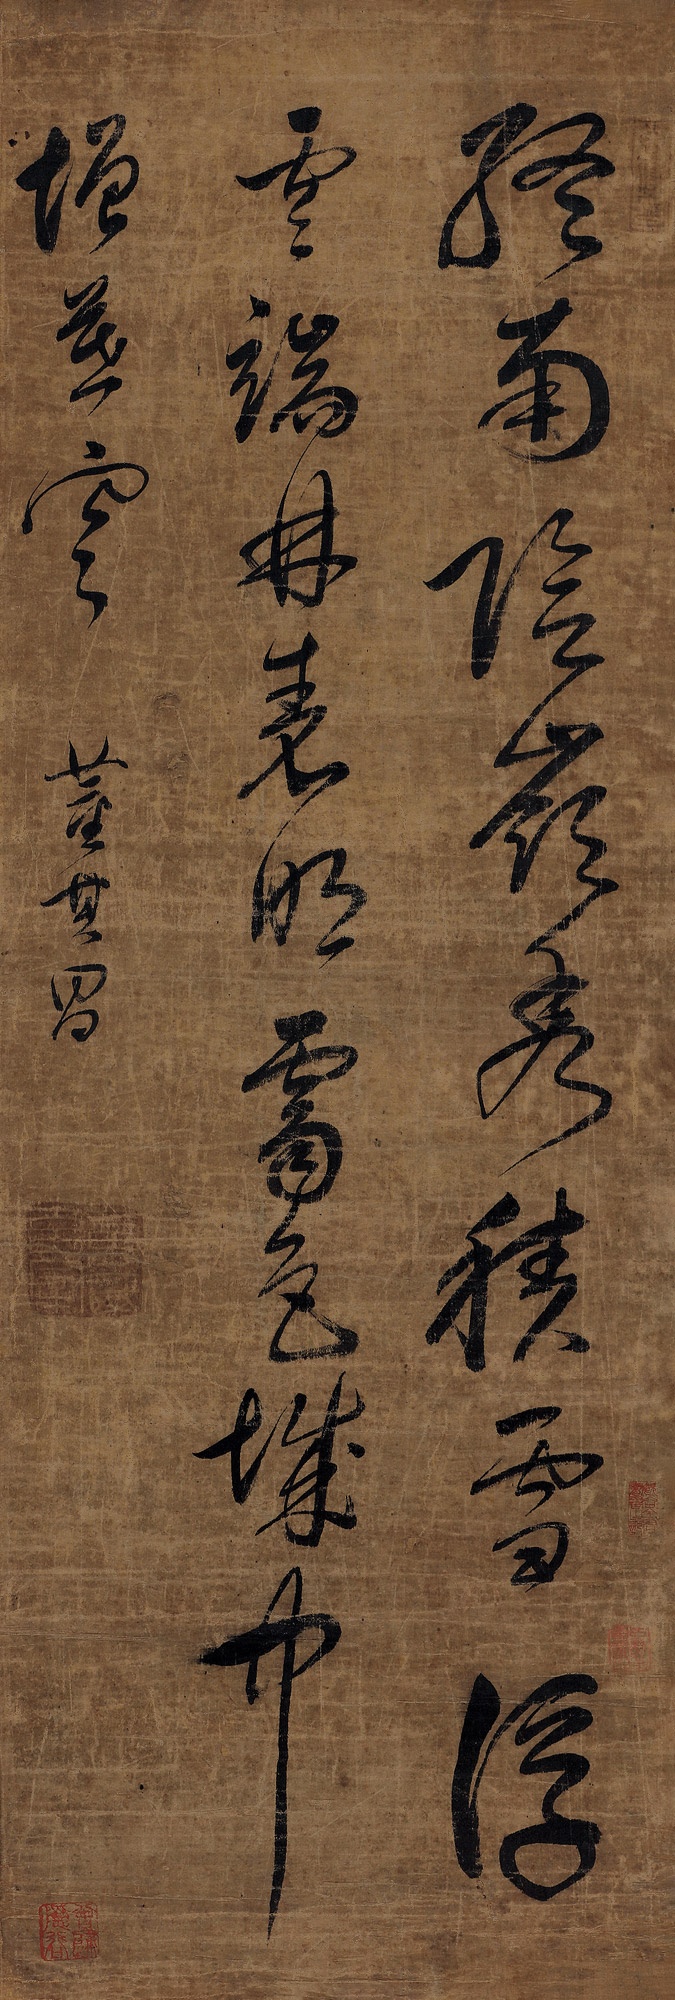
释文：终南阴岭秀，积雪浮云端。林表明霁色，城中增暮寒。董其昌。